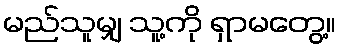
မည်သူမျှ သူ့ကို ရှာမတွေ့။